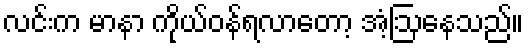
လင်းက မာနာ ကိုယ်ဝန်ရလာတော့ အံ့ဩနေသည်။